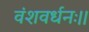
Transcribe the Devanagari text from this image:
वंशवर्धनः।।